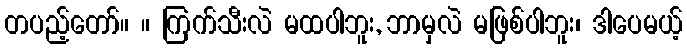
တပည့်တော်။ ။ ကြက်သီးလဲ မထပါဘူး, ဘာမှလဲ မဖြစ်ပါဘူး၊ ဒါပေမယ့်